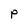
Character: P